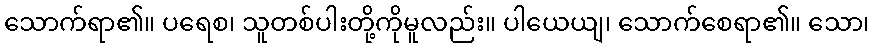
သောက်ရာ၏။ ပရေစ၊ သူတစ်ပါးတို့ကိုမူလည်း။ ပါယေယျ၊ သောက်စေရာ၏။ သော၊